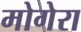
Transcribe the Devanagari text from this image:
मोगेरा